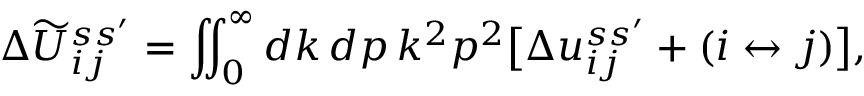
\Delta \widetilde U _ { i j } ^ { s s ^ { \prime } } = \iint _ { 0 } ^ { \infty } d k \, d p \, k ^ { 2 } p ^ { 2 } \bigl [ \Delta u _ { i j } ^ { s s ^ { \prime } } + ( i \leftrightarrow j ) \bigr ] ,